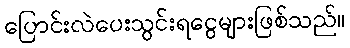
ပြောင်းလဲပေးသွင်းရငွေများဖြစ်သည်။